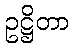
ဥဋ္ဌိတာ